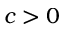
c > 0